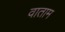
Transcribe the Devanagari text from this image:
वाताम